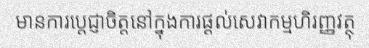
មានការប្តេជ្ញាចិត្តនៅក្នុងការផ្តល់សេវាកម្មហិរញ្ញវត្ថុ